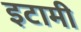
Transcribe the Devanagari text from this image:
इटामी